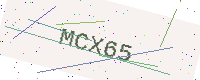
Text: MCX65